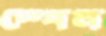
স্পেন